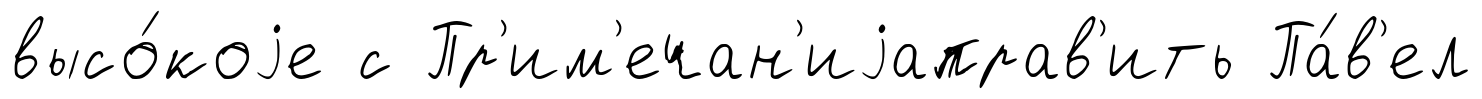
высо́коjе с Пр'им'ечан'иjаправ'ить Па́в'ел